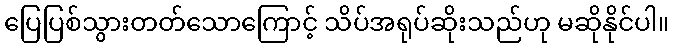
ပြေပြစ်သွားတတ်သောကြောင့် သိပ်အရုပ်ဆိုးသည်ဟု မဆိုနိုင်ပါ။